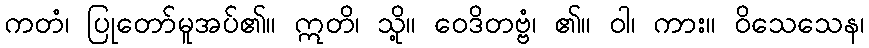
ကတံ၊ ပြုတော်မူအပ်၏။ ဣတိ၊ သို့။ ဝေဒိတဗ္ဗံ၊ ၏။ ဝါ၊ ကား။ ဝိသေသေန၊